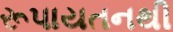
રૂપાયતનથી